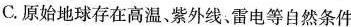
C.原始地球存在高温、紫外线、雷电等自然条件